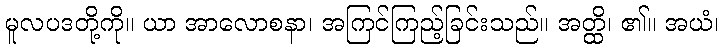
မူလပဒတို့ကို။ ယာ အာလောစနာ၊ အကြင်ကြည့်ခြင်းသည်။ အတ္ထိ၊ ၏။ အယံ၊